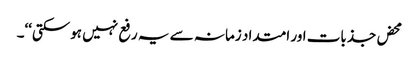
محض جذبات اور امتداد زمانہ سے یہ رفع نہیں ہوسکتی‘‘۔